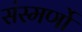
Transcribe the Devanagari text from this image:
संस्मर्णो